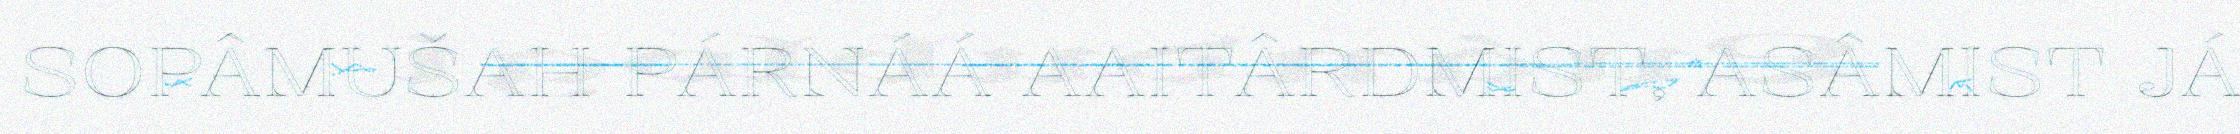
SOPÂMUŠAH PÁRNÁÁ AAITÂRDMIST, ASÂMIST JÁ